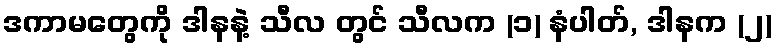
ဒကာမတွေကို ဒါနနဲ့ သီလ တွင် သီလက (၁) နံပါတ်, ဒါနက (၂)